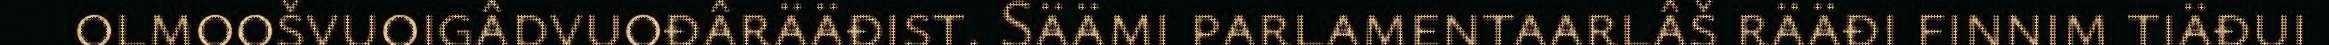
olmoošvuoigâdvuođârääđist. Säämi parlamentaarlâš rääđi finnim tiäđui